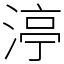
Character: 渟